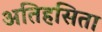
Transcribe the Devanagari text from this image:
अतिहसिता